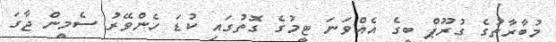
މުބާރާތުގެ ގުރޫޕް ބީގެ އެއްވަނަ ޓީމުގެ ގޮތުގައި ކުޑަ ހެންވޭރު ސެމީން ޖާގަ